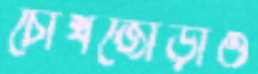
চোখজোড়াও